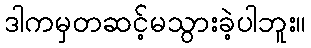
ဒါကမှတဆင့်မသွားခဲ့ပါဘူး။